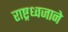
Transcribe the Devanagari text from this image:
राष्ट्रध्वजाने